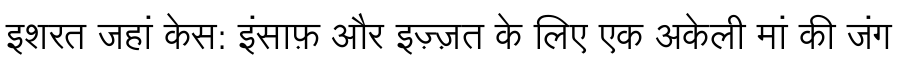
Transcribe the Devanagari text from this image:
इशरत जहां केस: इंसाफ़ और इज़्ज़त के लिए एक अकेली मां की जंग